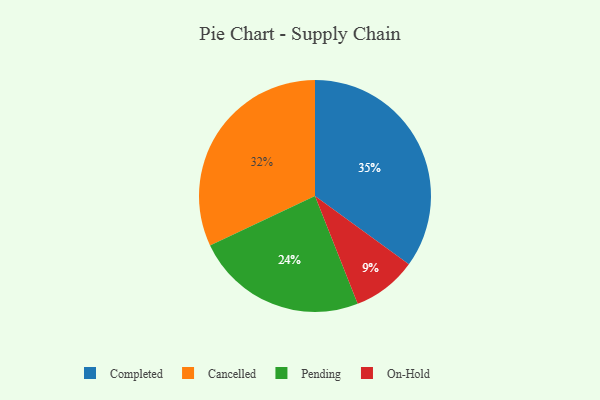
{"axis": {"x": "Category", "y": "Percentage"}, "legend": ["Cancelled", "Completed", "On-Hold", "Pending"], "data": [{"x": "Pending", "y": 24, "type": "Pending"}, {"x": "On-Hold", "y": 9, "type": "On-Hold"}, {"x": "Cancelled", "y": 32, "type": "Cancelled"}, {"x": "Completed", "y": 35, "type": "Completed"}]}